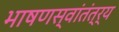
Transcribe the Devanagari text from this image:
भाषणस्वांतंत्र्य